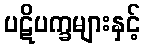
ပဋိပက္ခများနှင့်